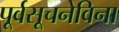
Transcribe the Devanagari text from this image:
पूर्वसूचनेविना